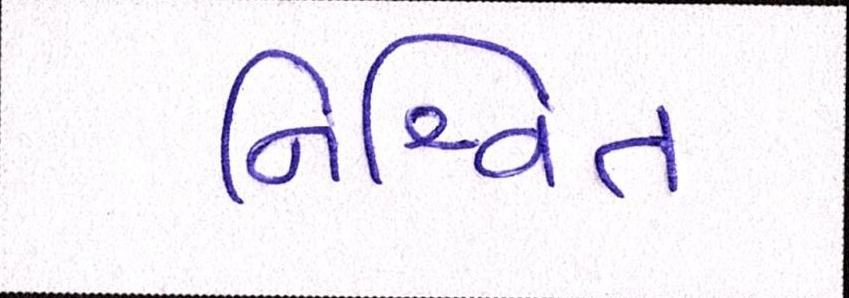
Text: નિશ્ચિત